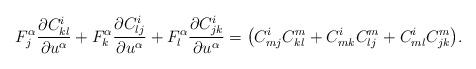
LaTeX: \begin{align*} F^\alpha_j{\frac{\partial C^i_{kl}}{\partial u^\alpha}}+F^\alpha_k{\frac{\partial C^i_{lj}}{\partial u^\alpha}}+F^\alpha_l{\frac{\partial C^i_{jk}}{\partial u^\alpha}}=\bigl(C^i_{mj}C^m_{kl} +C^i_{mk}C^m_{lj}+C^i_{ml}C^m_{jk}\bigr).\end{align*}